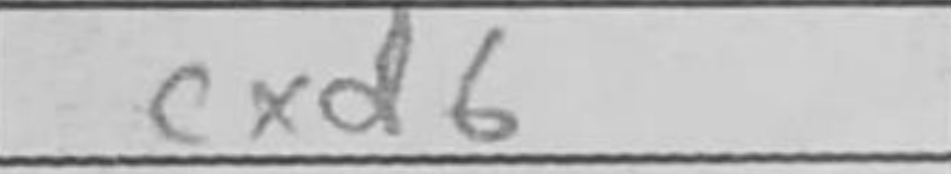
Transcription: cxd6